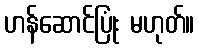
ဟန်ဆောင်ပြုံး မဟုတ်။